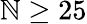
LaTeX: \mathbb{N}\geq25